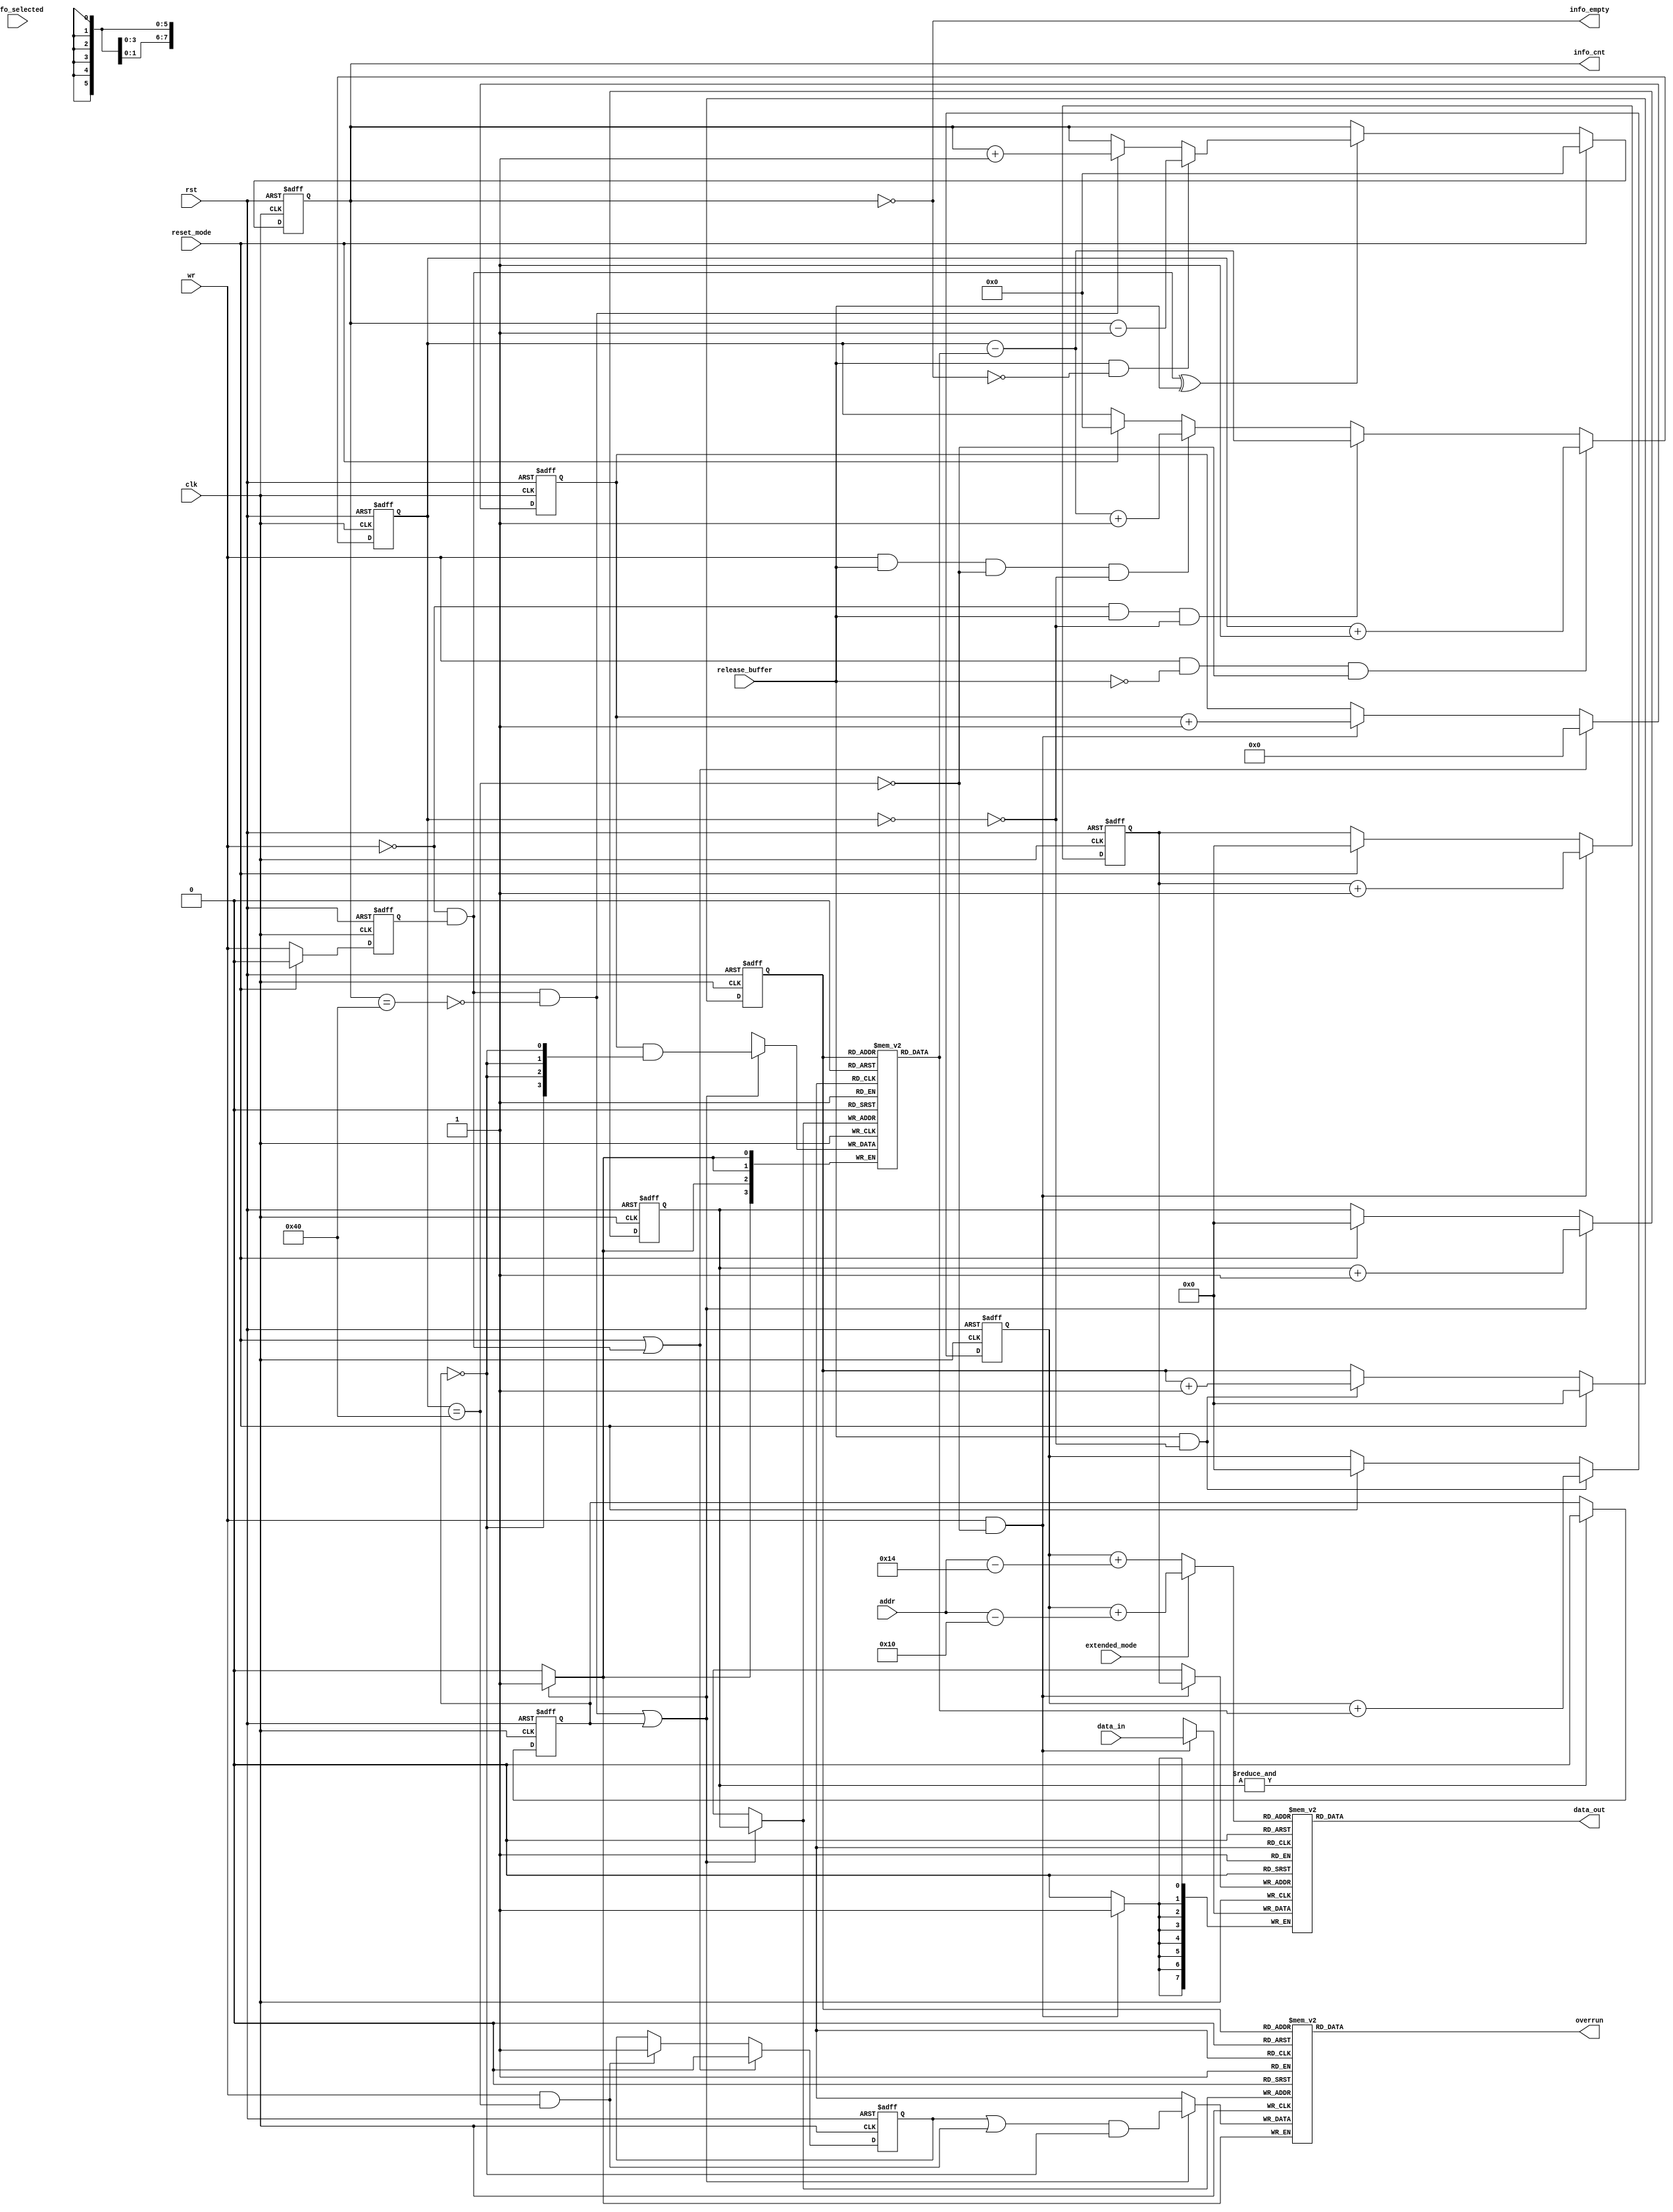
module can_fifo
( 
  clk,
  rst,

  wr,

  data_in,
  addr,
  data_out,
  fifo_selected,

  reset_mode,
  release_buffer,
  extended_mode,
  overrun,
  info_empty,
  info_cnt

`ifdef CAN_BIST
  ,
  scanb_rst,
  scanb_clk,
  scanb_si,
  scanb_so,
  scanb_en
`endif
);

parameter Tp = 1;

input         clk;
input         rst;
input         wr;
input   [7:0] data_in;
input   [5:0] addr;
input         reset_mode;
input         release_buffer;
input         extended_mode;
input         fifo_selected;

output  [7:0] data_out;
output        overrun;
output        info_empty;
output  [6:0] info_cnt;

`ifdef CAN_BIST
input         scanb_rst;
input         scanb_clk;
input         scanb_si;
output        scanb_so;
input         scanb_en;
wire          scanb_s_0;
`endif

`ifdef ACTEL_APA_RAM
`else
`ifdef XILINX_RAM
`else
`ifdef ARTISAN_RAM
  reg           overrun_info[0:63];
`else
`ifdef VIRTUALSILICON_RAM
  reg           overrun_info[0:63];
`else
  reg     [7:0] fifo [0:63];
  reg     [3:0] length_fifo[0:63];
  reg           overrun_info[0:63];
`endif
`endif
`endif
`endif

reg     [5:0] rd_pointer;
reg     [5:0] wr_pointer;
reg     [5:0] read_address;
reg     [5:0] wr_info_pointer;
reg     [5:0] rd_info_pointer;
reg           wr_q;
reg     [3:0] len_cnt;
reg     [6:0] fifo_cnt;
reg     [6:0] info_cnt;
reg           latch_overrun;
reg           initialize_memories;

wire    [3:0] length_info;
wire          write_length_info;
wire          fifo_empty;
wire          fifo_full;
wire          info_full;

assign write_length_info = (~wr) & wr_q;

// Delayed write signal
always @ (posedge clk or posedge rst)
begin
  if (rst)
    wr_q <=#Tp 1'b0;
  else if (reset_mode)
    wr_q <=#Tp 1'b0;
  else
    wr_q <=#Tp wr;
end


// length counter
always @ (posedge clk or posedge rst)
begin
  if (rst)
    len_cnt <= 4'h0;
  else if (reset_mode | write_length_info)
    len_cnt <=#Tp 4'h0;
  else if (wr & (~fifo_full))
    len_cnt <=#Tp len_cnt + 1'b1;
end


// wr_info_pointer
always @ (posedge clk or posedge rst)
begin
  if (rst)
    wr_info_pointer <= 6'h0;
  else if (write_length_info & (~info_full) | initialize_memories)
    wr_info_pointer <=#Tp wr_info_pointer + 1'b1;
  else if (reset_mode)
    wr_info_pointer <=#Tp 6'h0;
end



// rd_info_pointer
always @ (posedge clk or posedge rst)
begin
  if (rst)
    rd_info_pointer <= 6'h0;
  else if (reset_mode)
    rd_info_pointer <=#Tp 6'h0;
  else if (release_buffer & (~fifo_empty))
    rd_info_pointer <=#Tp rd_info_pointer + 1'b1;
end


// rd_pointer
always @ (posedge clk or posedge rst)
begin
  if (rst)
    rd_pointer <= 5'h0;
  else if (release_buffer & (~fifo_empty))
    rd_pointer <=#Tp rd_pointer + {2'h0, length_info};
  else if (reset_mode)
    rd_pointer <=#Tp 5'h0;
end


// wr_pointer
always @ (posedge clk or posedge rst)
begin
  if (rst)
    wr_pointer <= 5'h0;
  else if (wr & (~fifo_full))
    wr_pointer <=#Tp wr_pointer + 1'b1;
  else if (reset_mode)
    wr_pointer <=#Tp 5'h0;
end


// latch_overrun
always @ (posedge clk or posedge rst)
begin
  if (rst)
    latch_overrun <= 1'b0;
  else if (reset_mode | write_length_info)
    latch_overrun <=#Tp 1'b0;
  else if (wr & fifo_full)
    latch_overrun <=#Tp 1'b1;
end


// Counting data in fifo
always @ (posedge clk or posedge rst)
begin
  if (rst)
    fifo_cnt <= 7'h0;
  else if (wr & (~release_buffer) & (~fifo_full))
    fifo_cnt <=#Tp fifo_cnt + 1'b1;
  else if ((~wr) & release_buffer & (~fifo_empty))
    fifo_cnt <=#Tp fifo_cnt - {3'h0, length_info};
  else if (wr & release_buffer & (~fifo_full) & (~fifo_empty))
    fifo_cnt <=#Tp fifo_cnt - {3'h0, length_info} + 1'b1;
  else if (reset_mode)
    fifo_cnt <=#Tp 7'h0;
end

assign fifo_full = fifo_cnt == 7'd64;
assign fifo_empty = fifo_cnt == 7'd0;


// Counting data in length_fifo and overrun_info fifo
always @ (posedge clk or posedge rst)
begin
  if (rst)
    info_cnt <=#Tp 7'h0;
  else if (reset_mode)
    info_cnt <=#Tp 7'h0;
  else if (write_length_info ^ release_buffer)
    begin
      if (release_buffer & (~info_empty))
        info_cnt <=#Tp info_cnt - 1'b1;
      else if (write_length_info & (~info_full))
        info_cnt <=#Tp info_cnt + 1'b1;
    end
end
        
assign info_full = info_cnt == 7'd64;
assign info_empty = info_cnt == 7'd0;


// Selecting which address will be used for reading data from rx fifo
always @ (extended_mode or rd_pointer or addr)
begin
  if (extended_mode)      // extended mode
    read_address = rd_pointer + (addr - 6'd16);
  else                    // normal mode
    read_address = rd_pointer + (addr - 6'd20);
end


always @ (posedge clk or posedge rst)
begin
  if (rst)
    initialize_memories <= 1'b1;
  else if (&wr_info_pointer)
    initialize_memories <=#Tp 1'b0;
end


`ifdef ACTEL_APA_RAM
  actel_ram_64x8_sync fifo
  (
    .DO      (data_out),
    .RCLOCK  (clk),
    .WCLOCK  (clk),
    .DI      (data_in),
    .PO      (),                       // parity not used
    .WRB     (~(wr & (~fifo_full))),
    .RDB     (~fifo_selected),
    .WADDR   (wr_pointer),
    .RADDR   (read_address)
  );


  actel_ram_64x4_sync info_fifo
  (
    .DO      (length_info),
    .RCLOCK  (clk),
    .WCLOCK  (clk),
    .DI      (len_cnt & {4{~initialize_memories}}),
    .PO      (),                       // parity not used
    .WRB     (~(write_length_info & (~info_full) | initialize_memories)),
    .RDB     (1'b0),                   // always enabled
    .WADDR   (wr_info_pointer),
    .RADDR   (rd_info_pointer)
  );


  actel_ram_64x1_sync overrun_fifo
  (
    .DO      (overrun),
    .RCLOCK  (clk),
    .WCLOCK  (clk),
    .DI      ((latch_overrun | (wr & fifo_full)) & (~initialize_memories)),
    .PO      (),                       // parity not used
    .WRB     (~(write_length_info & (~info_full) | initialize_memories)),
    .RDB     (1'b0),                   // always enabled
    .WADDR   (wr_info_pointer),
    .RADDR   (rd_info_pointer)
  );
`else
`ifdef XILINX_RAM

/*
  ram_64x8_sync fifo
  (
    .addra(wr_pointer),
    .addrb(read_address),
    .clka(clk),
    .clkb(clk),
    .dina(data_in),
    .doutb(data_out),
    .wea(wr & (~fifo_full))
  );
*/

  RAMB4_S8_S8 fifo
  (
    .DOA(),
    .DOB(data_out),
    .ADDRA({3'h0, wr_pointer}),
    .CLKA(clk),
    .DIA(data_in),
    .ENA(1'b1),
    .RSTA(1'b0),
    .WEA(wr & (~fifo_full)),
    .ADDRB({3'h0, read_address}),
    .CLKB(clk),
    .DIB(8'h0),
    .ENB(1'b1),
    .RSTB(1'b0),
    .WEB(1'b0)
  );



/*
  ram_64x4_sync info_fifo
  (
    .addra(wr_info_pointer),
    .addrb(rd_info_pointer),
    .clka(clk),
    .clkb(clk),
    .dina(len_cnt),
    .doutb(length_info),
    .wea(write_length_info & (~info_full))
  );
*/
  RAMB4_S4_S4 info_fifo
  (
    .DOA(),
    .DOB(length_info),
    .ADDRA({4'h0, wr_info_pointer}),
    .CLKA(clk),
    .DIA(len_cnt & {4{~initialize_memories}}),
    .ENA(1'b1),
    .RSTA(1'b0),
    .WEA(write_length_info & (~info_full) | initialize_memories),
    .ADDRB({4'h0, rd_info_pointer}),
    .CLKB(clk),
    .DIB(4'h0),
    .ENB(1'b1),
    .RSTB(1'b0),
    .WEB(1'b0)
  );

/*
  ram_64x1_sync overrun_fifo
  (
    .addra(wr_info_pointer),
    .addrb(rd_info_pointer),
    .clka(clk),
    .clkb(clk),
    .dina(latch_overrun | (wr & fifo_full)),
    .doutb(overrun),
    .wea(write_length_info & (~info_full))
  );
*/


  RAMB4_S1_S1 overrun_fifo
  (
    .DOA(),
    .DOB(overrun),
    .ADDRA({6'h0, wr_info_pointer}),
    .CLKA(clk),
    .DIA((latch_overrun | (wr & fifo_full)) & (~initialize_memories)),
    .ENA(1'b1),
    .RSTA(1'b0),
    .WEA(write_length_info & (~info_full) | initialize_memories),
    .ADDRB({6'h0, rd_info_pointer}),
    .CLKB(clk),
    .DIB(1'h0),
    .ENB(1'b1),
    .RSTB(1'b0),
    .WEB(1'b0)
  );


`else
`ifdef VIRTUALSILICON_RAM

`ifdef CAN_BIST
    vs_hdtp_64x8_bist fifo
`else
    vs_hdtp_64x8 fifo
`endif
    (
        .RCK        (clk),
        .WCK        (clk),
        .RADR       (read_address),
        .WADR       (wr_pointer),
        .DI         (data_in),
        .DOUT       (data_out),
        .REN        (~fifo_selected),
        .WEN        (~(wr & (~fifo_full)))
    `ifdef CAN_BIST
        ,
        // debug chain signals
        .scanb_rst  (scanb_rst),
        .scanb_clk  (scanb_clk),
        .scanb_si   (scanb_si),
        .scanb_so   (scanb_s_0),
        .scanb_en   (scanb_en)
    `endif
    );

`ifdef CAN_BIST
    vs_hdtp_64x4_bist info_fifo
`else
    vs_hdtp_64x4 info_fifo
`endif
    (
        .RCK        (clk),
        .WCK        (clk),
        .RADR       (rd_info_pointer),
        .WADR       (wr_info_pointer),
        .DI         (len_cnt & {4{~initialize_memories}}),
        .DOUT       (length_info),
        .REN        (1'b0),
        .WEN        (~(write_length_info & (~info_full) | initialize_memories))
    `ifdef CAN_BIST
        ,
        // debug chain signals
        .scanb_rst  (scanb_rst),
        .scanb_clk  (scanb_clk),
        .scanb_si   (scanb_s_0),
        .scanb_so   (scanb_so),
        .scanb_en   (scanb_en)
    `endif
    );

    // overrun_info
    always @ (posedge clk)
    begin
      if (write_length_info & (~info_full) | initialize_memories)
        overrun_info[wr_info_pointer] <=#Tp (latch_overrun | (wr & fifo_full)) & (~initialize_memories);
    end
    
    
    // reading overrun
    assign overrun = overrun_info[rd_info_pointer];

`else
`ifdef ARTISAN_RAM

`ifdef CAN_BIST
    art_hstp_64x8_bist fifo
    (
        .CLKR       (clk),
        .CLKW       (clk),
        .AR         (read_address),
        .AW         (wr_pointer),
        .D          (data_in),
        .Q          (data_out),
        .REN        (~fifo_selected),
        .WEN        (~(wr & (~fifo_full))),
        .scanb_rst  (scanb_rst),
        .scanb_clk  (scanb_clk),
        .scanb_si   (scanb_si),
        .scanb_so   (scanb_s_0),
        .scanb_en   (scanb_en)
    );
    art_hstp_64x4_bist info_fifo
    (
        .CLKR       (clk),
        .CLKW       (clk),
        .AR         (rd_info_pointer),
        .AW         (wr_info_pointer),
        .D          (len_cnt & {4{~initialize_memories}}),
        .Q          (length_info),
        .REN        (1'b0),
        .WEN        (~(write_length_info & (~info_full) | initialize_memories)),
        .scanb_rst  (scanb_rst),
        .scanb_clk  (scanb_clk),
        .scanb_si   (scanb_s_0),
        .scanb_so   (scanb_so),
        .scanb_en   (scanb_en)
    );
`else
    art_hsdp_64x8 fifo
    (
        .CENA       (1'b0),
        .CENB       (1'b0),
        .CLKA       (clk),
        .CLKB       (clk),
        .AA         (read_address),
        .AB         (wr_pointer),
        .DA         (8'h00),
        .DB         (data_in),
        .QA         (data_out),
        .QB         (),
        .OENA       (~fifo_selected),
        .OENB       (1'b1),
        .WENA       (1'b1),
        .WENB       (~(wr & (~fifo_full)))
    );
    art_hsdp_64x4 info_fifo
    (
        .CENA       (1'b0),
        .CENB       (1'b0),
        .CLKA       (clk),
        .CLKB       (clk),
        .AA         (rd_info_pointer),
        .AB         (wr_info_pointer),
        .DA         (4'h0),
        .DB         (len_cnt & {4{~initialize_memories}}),
        .QA         (length_info),
        .QB         (),
        .OENA       (1'b0),
        .OENB       (1'b1),
        .WENA       (1'b1),
        .WENB       (~(write_length_info & (~info_full) | initialize_memories))
    );
`endif

    // overrun_info
    always @ (posedge clk)
    begin
      if (write_length_info & (~info_full) | initialize_memories)
        overrun_info[wr_info_pointer] <=#Tp (latch_overrun | (wr & fifo_full)) & (~initialize_memories);
    end
    
    
    // reading overrun
    assign overrun = overrun_info[rd_info_pointer];

`else
  // writing data to fifo
  always @ (posedge clk)
  begin
    if (wr & (~fifo_full))
      fifo[wr_pointer] <=#Tp data_in;
  end

  // reading from fifo
  assign data_out = fifo[read_address];


  // writing length_fifo
  always @ (posedge clk)
  begin
    if (write_length_info & (~info_full) | initialize_memories)
      length_fifo[wr_info_pointer] <=#Tp len_cnt & {4{~initialize_memories}};
  end


  // reading length_fifo
  assign length_info = length_fifo[rd_info_pointer];

  // overrun_info
  always @ (posedge clk)
  begin
    if (write_length_info & (~info_full) | initialize_memories)
      overrun_info[wr_info_pointer] <=#Tp (latch_overrun | (wr & fifo_full)) & (~initialize_memories);
  end
  
  
  // reading overrun
  assign overrun = overrun_info[rd_info_pointer];


`endif
`endif
`endif
`endif





endmodule